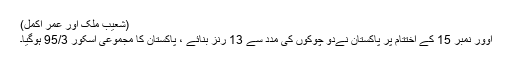
(شعیب ملک اور عمر اکمل)
اوور نمبر 15 کے اختتام پر پاکستان نےدو چوکوں کی مدد سے 13 رنز بنائے ، پاکستان کا مجموعی اسکور 95/3 ہوگیا۔